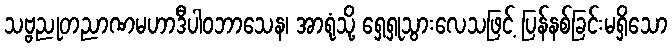
သဗ္ဗညုတညာဏမဟာဒီပါဝဘာသေန၊ အာရုံသို့ ရှေ့ရှုသွားလေသဖြင့် ပြန်နစ်ခြင်းမရှိသော